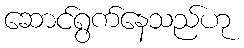
ဆောင်ရွက်နေသည်ဟု